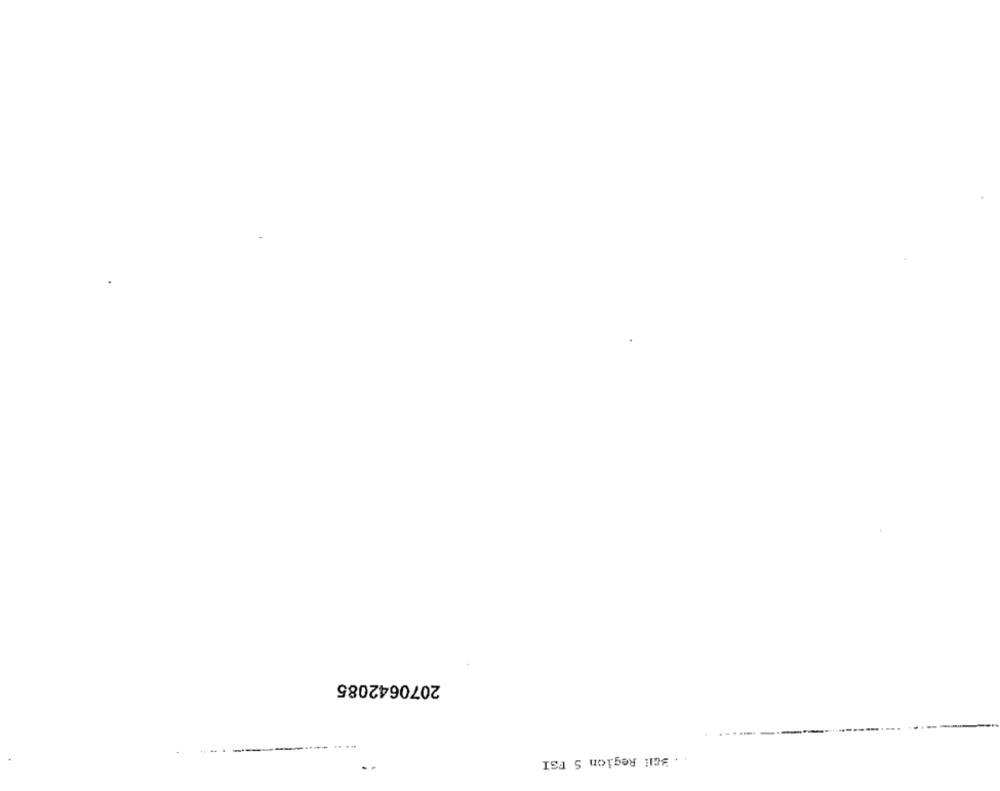
2070642085
... .
. BGH Region S FSI